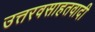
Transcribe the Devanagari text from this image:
उत्तरवसाहतवादी